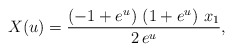
\begin{align*}X(u)= {{\left( -1 + {e^u} \right) \,\left( 1 + {e^u} \right) \,{x_1}}\over {2\,{e^u}}},\end{align*}